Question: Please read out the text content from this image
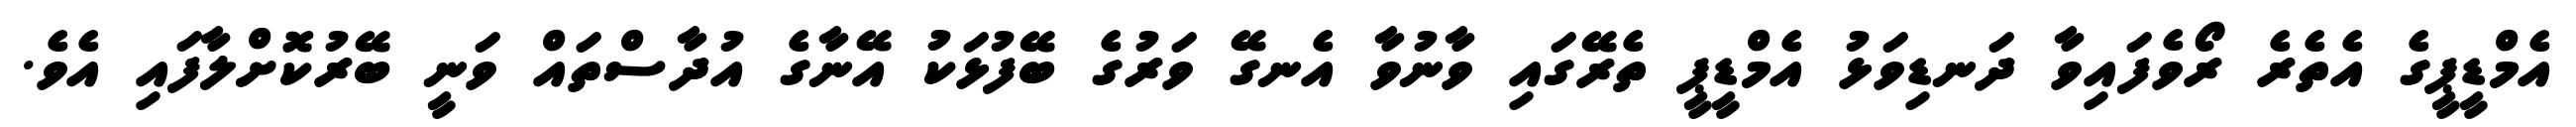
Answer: އެމްޑީޕީގެ އެތެރެ ރޯވެފައިވާ ދަނޑިވަޅު އެމްޑީޕީ ތެރޭގައި ވާނުވާ އެނގޭ ވަރުގެ ބޭފުޅަކު އޭނާގެ އުދާސްތައް ވަނީ ބޭރުކޮށްލާފައި އެވެ.